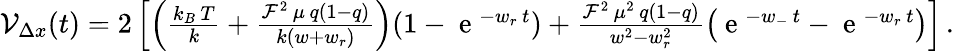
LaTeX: \begin{array}{r}{{\cal V}_{\Delta x}(t)=2\left[\left(\frac{k_{B}\, T}{k}+\frac{{\cal F}^{2}\, \mu\, q(1-q)}{k(w+w_{r})}\right)(1-\mathrm{~e~}^{-w_{r}\, t})+\frac{{\cal F}^{2}\, \mu^{2}\, q(1-q)}{w^{2}-w_{r}^{2}}\left(\mathrm{~e~}^{-w_{-}\, t}-\mathrm{~e~}^{-w_{r}\, t}\right)\right]\, .}\end{array}